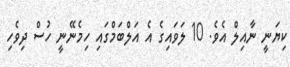
ކިޔަނީ ނާއިލް އެވެ. 10 ލަވައިގެ އެ އަލްބަމްގައި ހިމެނޭނީ ހުސް ދިވެހި